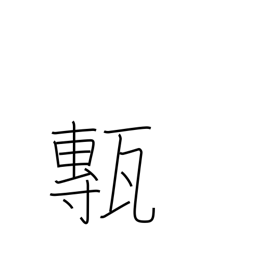
Meaning: floor tiles